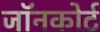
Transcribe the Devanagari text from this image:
जॉनकोर्ट